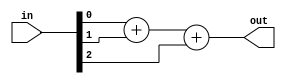
module top_module( 
    input [2:0] in,
    output [1:0] out );

    // Calculate the population count
    assign out = in[0] + in[1] + in[2];

endmodule